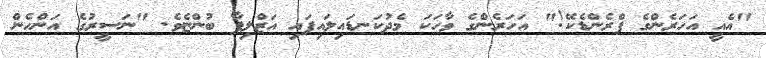
"އެއީ އަހަރެންގެ ފްރެންޑެކޭ!" އަހަރެންގެ ވާހަކަ މެދުކަނޑައިލައިފައި އަޒްލިފާ ބުންޏެވެ. "ނަސީރުގެ އަންހެން